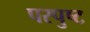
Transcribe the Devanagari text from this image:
परपुष्ट